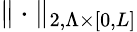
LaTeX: \| \cdot\| _{2,\Lambda\times\lbrack 0,L\rbrack}